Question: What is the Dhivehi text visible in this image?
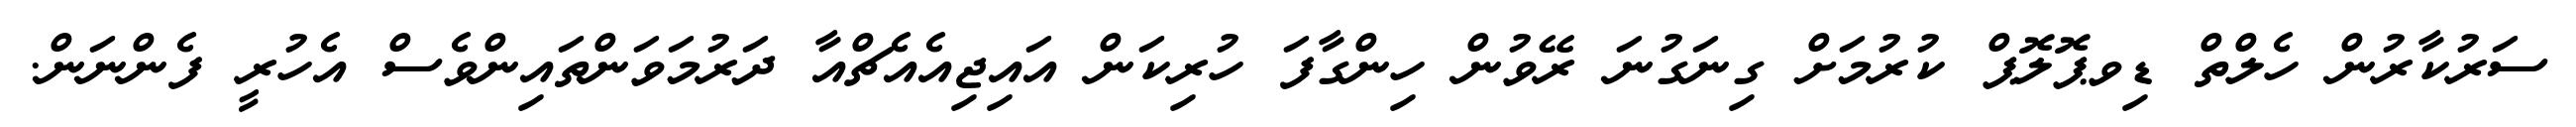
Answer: ސަރުކާރުން ހެލްތް ޑިވޕޮލޮޕް ކުރުމަށް ގިނަގުނަ ރޭވުން ހިންގާފަ ހުރިކަން އައިޖިއެއެޗްއާ ދަރުމަވަންތައިންވެސް އެހުރީ ފެންނަން.